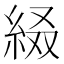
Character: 𦀁